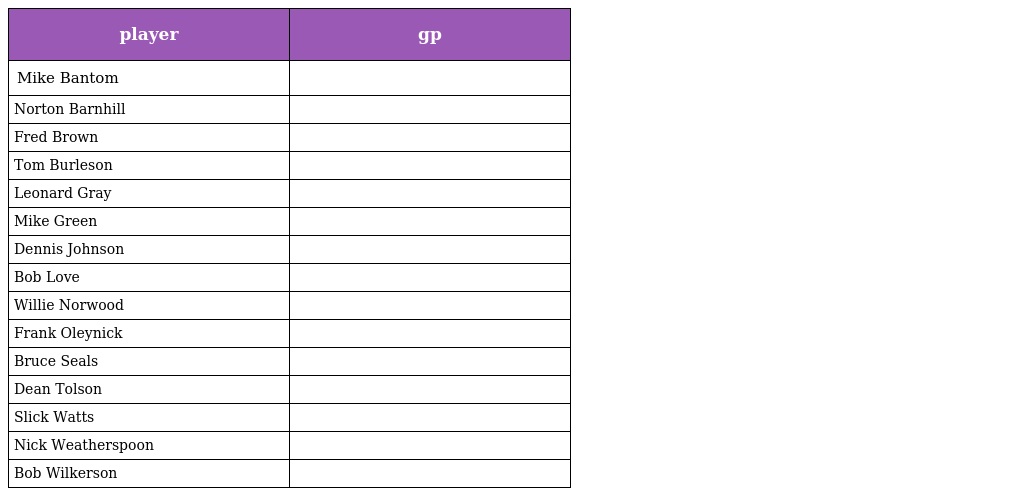
| player | gp |
 | --- | --- |
 | Mike Bantom |  |
 | Norton Barnhill |  |
 | Fred Brown |  |
 | Tom Burleson |  |
 | Leonard Gray |  |
 | Mike Green |  |
 | Dennis Johnson |  |
 | Bob Love |  |
 | Willie Norwood |  |
 | Frank Oleynick |  |
 | Bruce Seals |  |
 | Dean Tolson |  |
 | Slick Watts |  |
 | Nick Weatherspoon |  |
 | Bob Wilkerson |  |